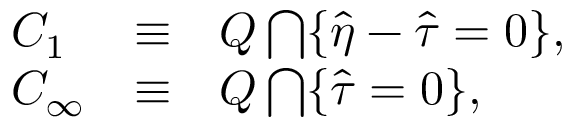
\begin{array} { l c l } { { { \cal C } _ { 1 } } } & { { \equiv } } & { { { \cal Q } \bigcap \{ \hat { \eta } - \hat { \tau } = 0 \} , } } \\ { { { \cal C } _ { \infty } } } & { { \equiv } } & { { { \cal Q } \bigcap \{ \hat { \tau } = 0 \} , } } \end{array}